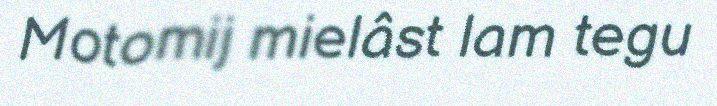
Motomij mielâst lam tegu